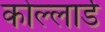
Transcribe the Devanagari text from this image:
कोल्लार्ड